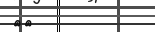
٣٢